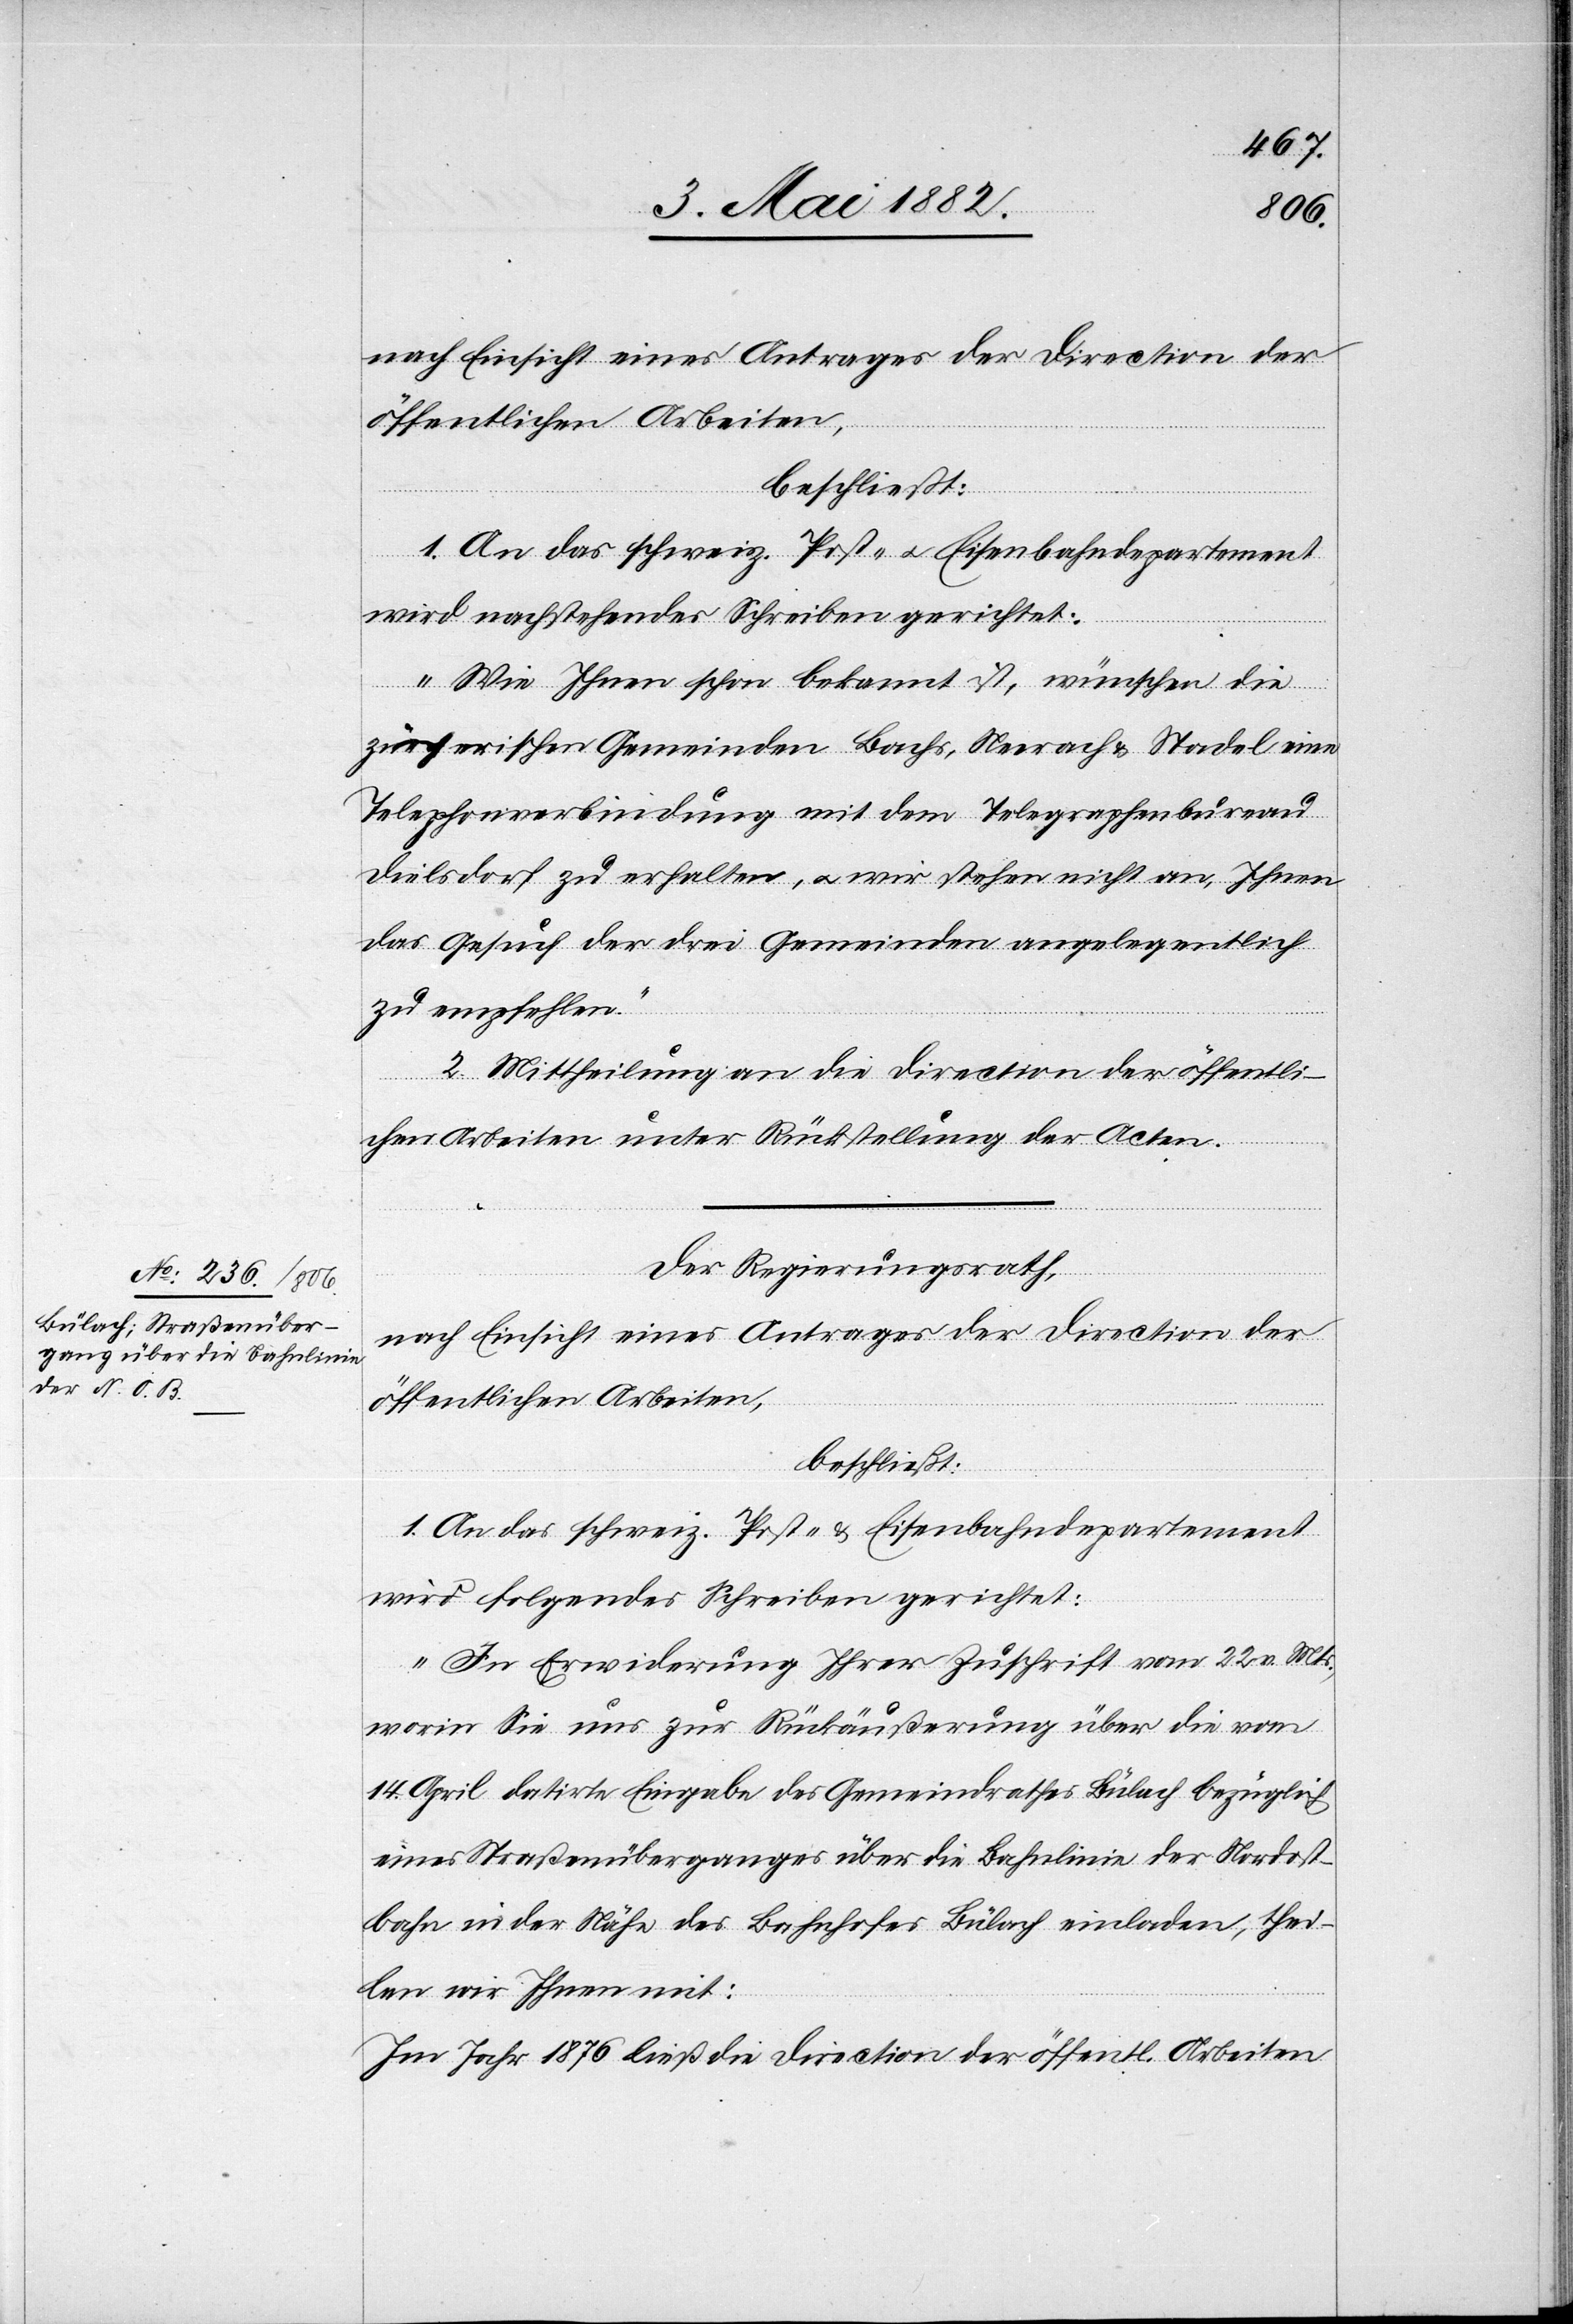
nach Einsicht eines Antrages der Direction der
öffentlichen Arbeiten,
beschließt:
1. An das schweiz. Post- u. Eisenbahndepartement
wird nachstehendes Schreiben gerichtet:
„Wie Ihnen schon bekannt ist, wünschen die
zürcherischen Gemeinden Bachs, Neerach & Stadel eine
Telephonverbindung mit dem Telegraphenbureau
Dielsdorf zu erstellen, u. wir stehen nicht an, Ihnen
das Gesuch der drei Gemeinden angelegentlich
zu empfehlen.“
2. Mittheilung an die Direction der öffentli¬
chen Arbeiten unter Rückstellung der Acten.
Der Regierungsrath,
nach Einsicht eines Antrages der Direction der
öffentlichen Arbeiten,
beschließt:
1. An das schweiz. Post- & Eisenbahndepartement
wird folgendes Schreiben gerichtet:
„In Erwiderung Ihrer Zuschrift vom 22. v. Mts.,
worin Sie uns zur Rückäußerung über die vom
14. April datirte Eingabe des Gemeindrathes Bülach bezüglich
eines Straßenüberganges über die Bahnlinie der Nordost¬
bahn in der Nähe des Bahnhofes Bülach einladen, thei¬
len wir Ihnen mit:
Im Jahr 1876 ließ die Direction der öffentlichen Arbeiten